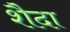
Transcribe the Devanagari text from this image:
शैदा